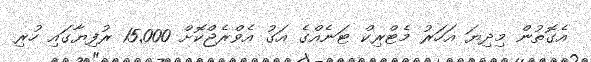
އެގޮތުން މިދިޔަ އަހަރު މެޓްރިކް ޓަނެއްގެ އަގު އެވްރެޖްކޮށް 15